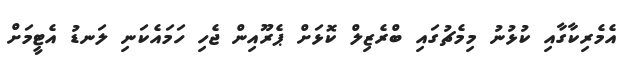
އެމެރިކާގާއި ކުޅުނު މިމެޗުގައި ބްރެޒިލް ކޮޅަށް ޕެރޫއިން ޖެހި ހަމައެކަނި ލަނޑު އެޓީމަށް